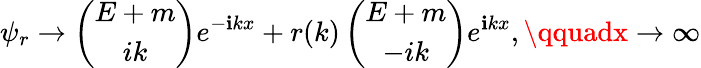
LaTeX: \psi_{r}\to\left(\begin{array}{c}{{E+m}}\\ {{ik}}\end{array}\right)e^{-\mathbf{i}kx}+r(k)\left(\begin{array}{c}{{E+m}}\\ {{-ik}}\end{array}\right)e^{\mathbf{i}kx},\qquadx\to\infty